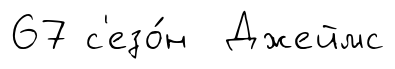
67 с'езо́н Джеймс